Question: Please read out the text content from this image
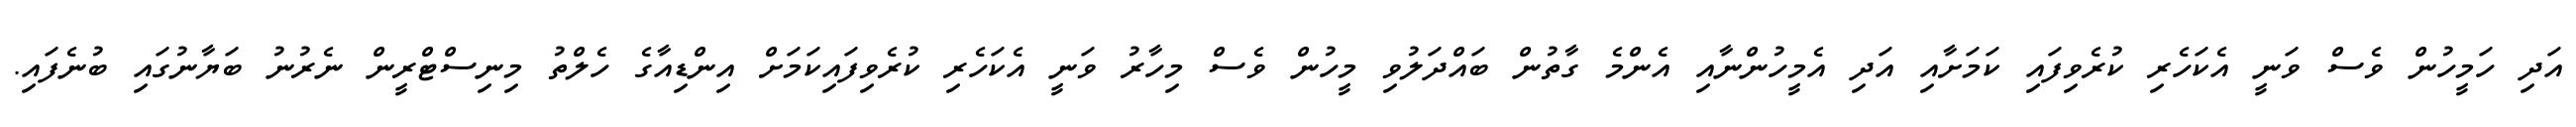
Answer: އަދި ހަމީހުން ވެސް ވަނީ އެކަހެރި ކުރެވިފައި ކަމަށާއި އަދި އެމީހުންނާއި އެންމެ ގާތުން ބައްދަލުވި މީހުން ވެސް މިހާރު ވަނީ އެކަހެރި ކުރެވިފައިކަމަށް އިންޑިއާގެ ހެލްތު މިނިސްޓްރީން ނެރުނު ބަޔާނުގައި ބުނެފައި.